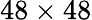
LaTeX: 48\times 48